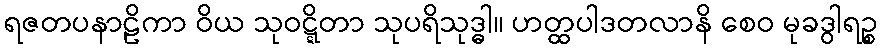
ရဇတပနာဠိကာ ဝိယ သုဝဋ္ဋိတာ သုပရိသုဒ္ဓါ။ ဟတ္ထပါဒတလာနိ စေဝ မုခဒွါရဉ္စ